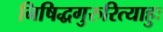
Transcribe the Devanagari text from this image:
निषिद्धगुरुरित्याहुः